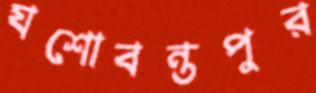
যশোবন্তপুর